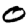
Digit: 0